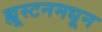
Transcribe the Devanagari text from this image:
ह्यूस्टनमधून